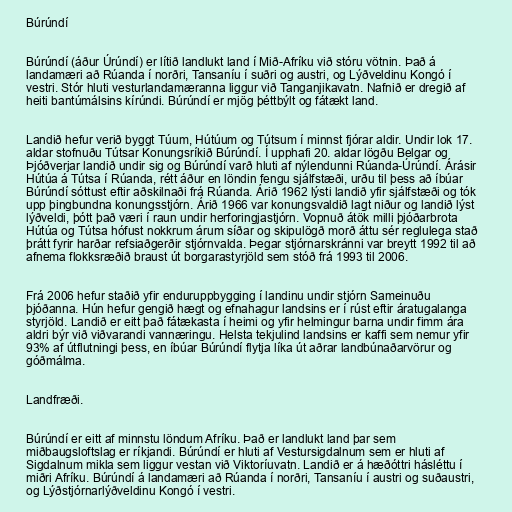
Búrúndí

Búrúndí (áður Úrúndí) er lítið landlukt land í Mið-Afríku við stóru vötnin. Það á
landamæri að Rúanda í norðri, Tansaníu í suðri og austri, og Lýðveldinu Kongó í
vestri. Stór hluti vesturlandamæranna liggur við Tanganjikavatn. Nafnið er dregið af
heiti bantúmálsins kírúndi. Búrúndí er mjög þéttbýlt og fátækt land.

Landið hefur verið byggt Túum, Hútúum og Tútsum í minnst fjórar aldir. Undir lok 17.
aldar stofnuðu Tútsar Konungsríkið Búrúndí. Í upphafi 20. aldar lögðu Belgar og
Þjóðverjar landið undir sig og Búrúndí varð hluti af nýlendunni Rúanda-Úrúndí. Árásir
Hútúa á Tútsa í Rúanda, rétt áður en löndin fengu sjálfstæði, urðu til þess að íbúar
Búrúndí sóttust eftir aðskilnaði frá Rúanda. Árið 1962 lýsti landið yfir sjálfstæði og tók
upp þingbundna konungsstjórn. Árið 1966 var konungsvaldið lagt niður og landið lýst
lýðveldi, þótt það væri í raun undir herforingjastjórn. Vopnuð átök milli þjóðarbrota
Hútúa og Tútsa hófust nokkrum árum síðar og skipulögð morð áttu sér reglulega stað
þrátt fyrir harðar refsiaðgerðir stjórnvalda. Þegar stjórnarskránni var breytt 1992 til að
afnema flokksræðið braust út borgarastyrjöld sem stóð frá 1993 til 2006.

Frá 2006 hefur staðið yfir enduruppbygging í landinu undir stjórn Sameinuðu
þjóðanna. Hún hefur gengið hægt og efnahagur landsins er í rúst eftir áratugalanga
styrjöld. Landið er eitt það fátækasta í heimi og yfir helmingur barna undir fimm ára
aldri býr við viðvarandi vannæringu. Helsta tekjulind landsins er kaffi sem nemur yfir
93% af útflutningi þess, en íbúar Búrúndí flytja líka út aðrar landbúnaðarvörur og
góðmálma.

Landfræði.

Búrúndí er eitt af minnstu löndum Afríku. Það er landlukt land þar sem
miðbaugsloftslag er ríkjandi. Búrúndí er hluti af Vestursigdalnum sem er hluti af
Sigdalnum mikla sem liggur vestan við Viktoríuvatn. Landið er á hæðóttri hásléttu í
miðri Afríku. Búrúndí á landamæri að Rúanda í norðri, Tansaníu í austri og suðaustri,
og Lýðstjórnarlýðveldinu Kongó í vestri.